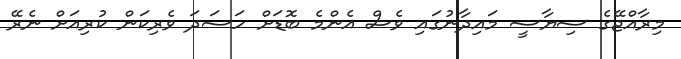
މިރާއްޖޭގެ ސިޔާސީ މައިދާނުގައި ވެސް އެންމެ ބޮޑަށް ހަސަދަ ވެރިކަން ކުރިއަށް ނެރޭ